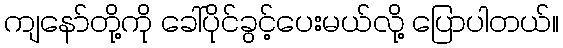
ကျနော်တို့ကို ခေါ်ပိုင်ခွင့်ပေးမယ်လို့ ပြောပါတယ်။